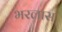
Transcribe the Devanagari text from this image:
भरलास